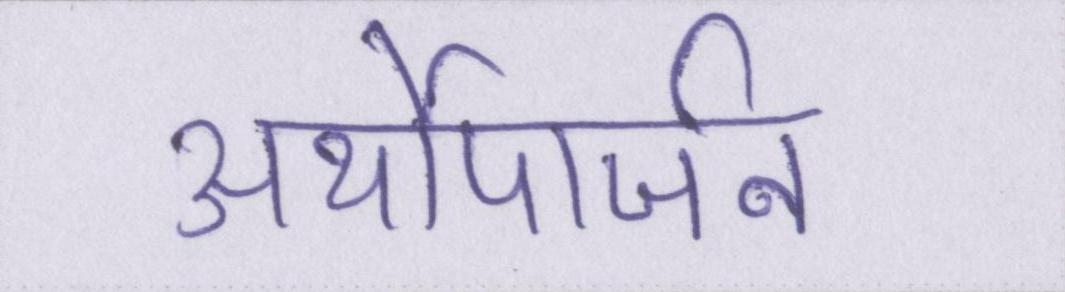
अर्थोपार्जन